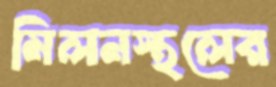
মিলনস্থলের